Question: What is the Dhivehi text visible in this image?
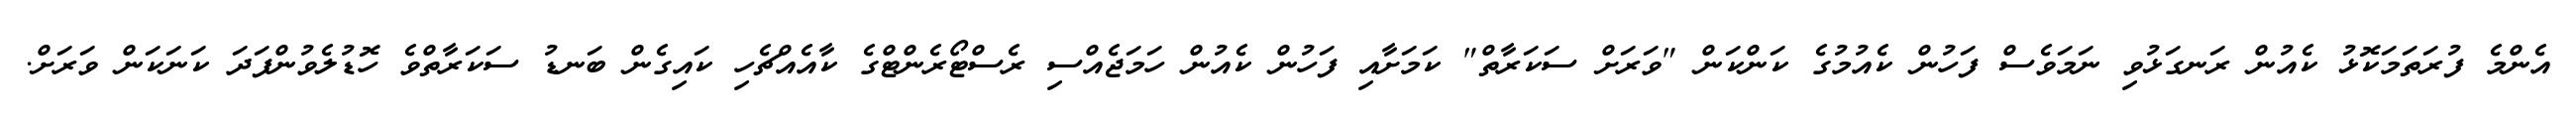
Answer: އެންމެ ފުރަތަމަކޮޅު ކެއުން ރަނގަޅުވި ނަމަވެސް ފަހުން ކެއުމުގެ ކަންކަން "ވަރަށް ސަކަރާތް" ކަމަށާއި ފަހުން ކެއުން ހަމަޖެއްސި ރެސްޓޯރެންޓްގެ ކާއެއްޗެހި ކައިގެން ބަނޑު ސަކަރާތްވެ ހޮޑުލެވުންފަދަ ކަނަކަން ވަރަށް.